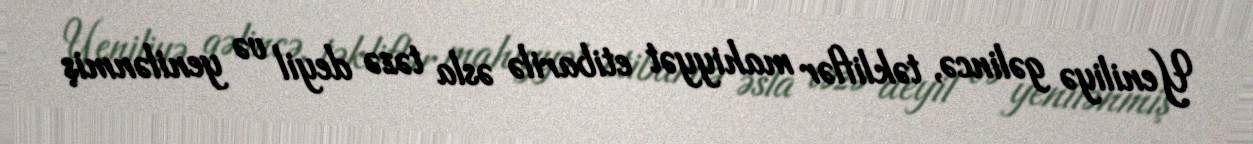
Yeniliyə gəlincə, təkliflər mahiyyət etibarilə əsla təzə deyil və yenilənmiş